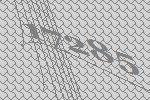
17285